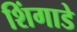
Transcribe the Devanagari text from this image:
शिंगाडे